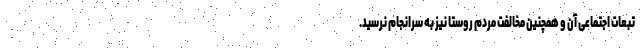
تبعات اجتماعی آن و همچنین مخالفت مردم روستا نیز به سرانجام نرسید.